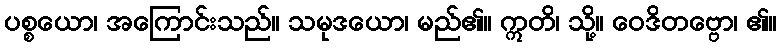
ပစ္စယော၊ အကြောင်းသည်။ သမုဒယော၊ မည်၏။ ဣတိ၊ သို့။ ဝေဒိတဗ္ဗော၊ ၏။